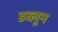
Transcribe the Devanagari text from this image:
डब्लून